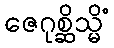
ဇေဂုစ္ဆိသ္မိံ